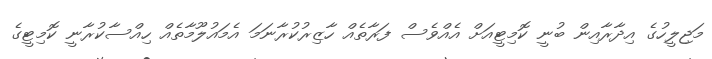
މަޖިލީހުގެ އިދާރާއިން ބުނީ ކޮމިޓީއަށް އެއްވެސް ފަރާތެއް ހާޒިރުކުރާނަމަ އެމައުލޫމާތެއް ހިއްސާކުރާނީ ކޮމިޓީގެ